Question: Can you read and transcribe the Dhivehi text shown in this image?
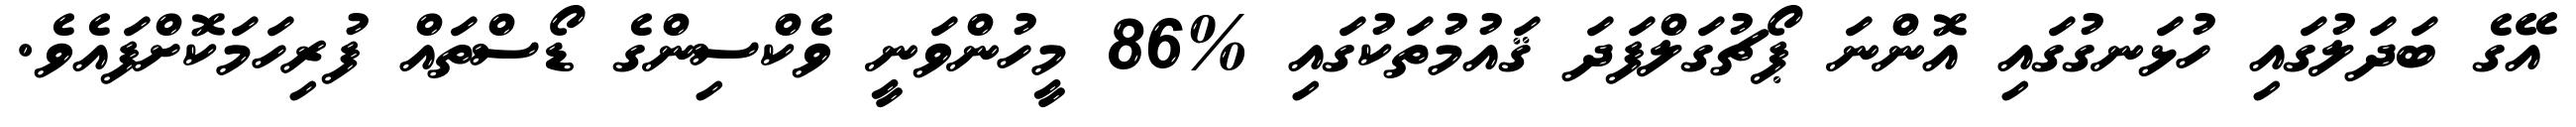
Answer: އޭގެ ބަދަލުގައި ހުޅަނގުގައި އޮންނަ ޕޯޗުގަލްފަދަ ޤައުމުތަކުގައި %86 މީހުންވަނީ ވެކްސިންގެ ޑޯސްތައް ފުރިހަމަކޮށްފައެވެ.